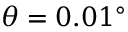
\theta = 0 . 0 1 ^ { \circ }